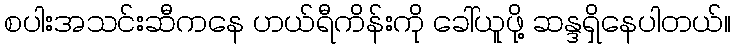
စပါးအသင်းဆီကနေ ဟယ်ရီကိန်းကို ခေါ်ယူဖို့ ဆန္ဒရှိနေပါတယ်။